Cholera in southern India
Disease focus: Cholera
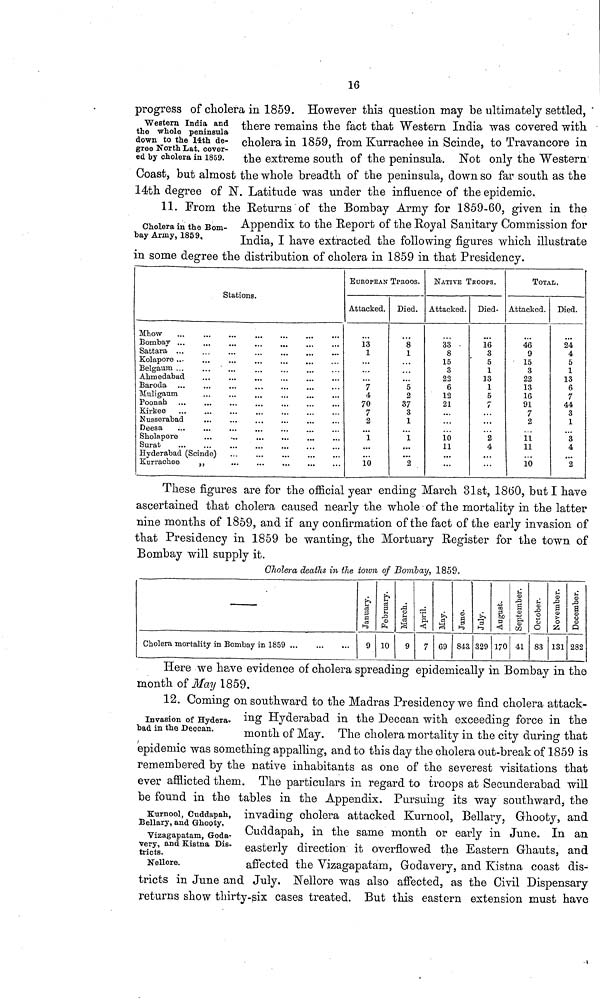
16
Western India and
the whole peninsula
down to the 14th de-
gree North Lat. cover-
ed by cholera in 1859.
progress of cholera in 1859. However this question may be ultimately settled,
there remains the fact that Western India was covered with
cholera in 1859, from Kurrachee in Scinde, to Travancore in
the extreme south of the peninsula. Not only the Western
Coast, but almost the whole breadth of the peninsula, down so far south as the
14th degree of N. Latitude was under the influence of the epidemic.
Cholera in the Bom-
bay Army, 1859,
11. From the Returns of the Bombay Army for 1859-60, given in the
Appendix to the Report of the Royal Sanitary Commission for
India, I have extracted the following figures which illustrate
in some degree the distribution of cholera in 1859 in that Presidency.
Stations.
Mhow
Bombay ...
Sattara ...
Kolapore ...
Belgaum ...
...
...
Ahmedabad
Baroda
Muligaum
Poonah
Kirkee
Nusserabad
Deesa
Sholapore
Surab
Hyderabad (Scinde)
Kurraehee
,,
EUROPEAN
Attacked.
13
1
7
4
70
7
2
1
10
TPROOS,
Died.
8
1
...
5
2
37
3
1
1
...
...
2
NATIVE 1
Attacked.
33
8
15
3
22
6
12
21
...
10
11
...
...
ROOPS.
Died.
16
3
5
1
13
1
5
...
2
4
TOTAL.
Attacked.
46
9
15
3
22
13
16
91
7
2
11
11
10
Died.
24
4
5
1
13
6
7
44
3
1
...
3
4
2
These figures are for the official year ending March. 31st, 18(50, but I have
ascertained that cholera caused nearly the whole of the mortality in the latter
nine months of 1859, and if any confirmation of the fact of the early invasion of
that Presidency in 1859 be wanting, the Mortuary Register for the town of
Bombay will supply it.
Cholera deaths in the town of Bombay, 1859.
Cholera mortality in Bombay in 1859
January.
9
February.
10
March.
9
April.
7
May.
69
June.
84a
July.
329
August.
170
September.
41
October.
83
November.
131
Decembe
282
Here we have evidence of cholera spreading epidemically in Bombay in the
month of May 1859.
Invasion of Hydera-
bad in the Deccan.
12. Coming on southward to the Madras Presidency we find cholera attack-
ing Hyderabad in the Deccan with exceeding force in the
month of May. The cholera mortality in the city during that
epidemic was something appalling, and to this day the cholera out-break of 1859 is
remembered by the native inhabitants as one of the severest visitations that
ever afflicted them. The particulars in regard to troops at Secunderabad will
be found in the tables in the Appendix. Pursuing its way southward, the
Kurnool, Cuddapah,
Bellary, and Ghooty,
Vizagapatam, Goda-
very, and Kistna Dis-
tricts.
Nellore.
invading cholera attacked Kurnool, Bellary, Ghooty, and
Cuddapah, in the same month or early in June. In an
easterly direction it overflowed the Eastern Ghauts, and
affected the Vizagapatam, Godavery, and Kistna coast dis-
tricts in June and July, Nellore was also affected, as the Civil Dispensary
returns show thirty-six cases treated. But this eastern extension must have